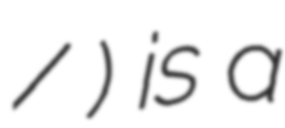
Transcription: / Глобочица) is a